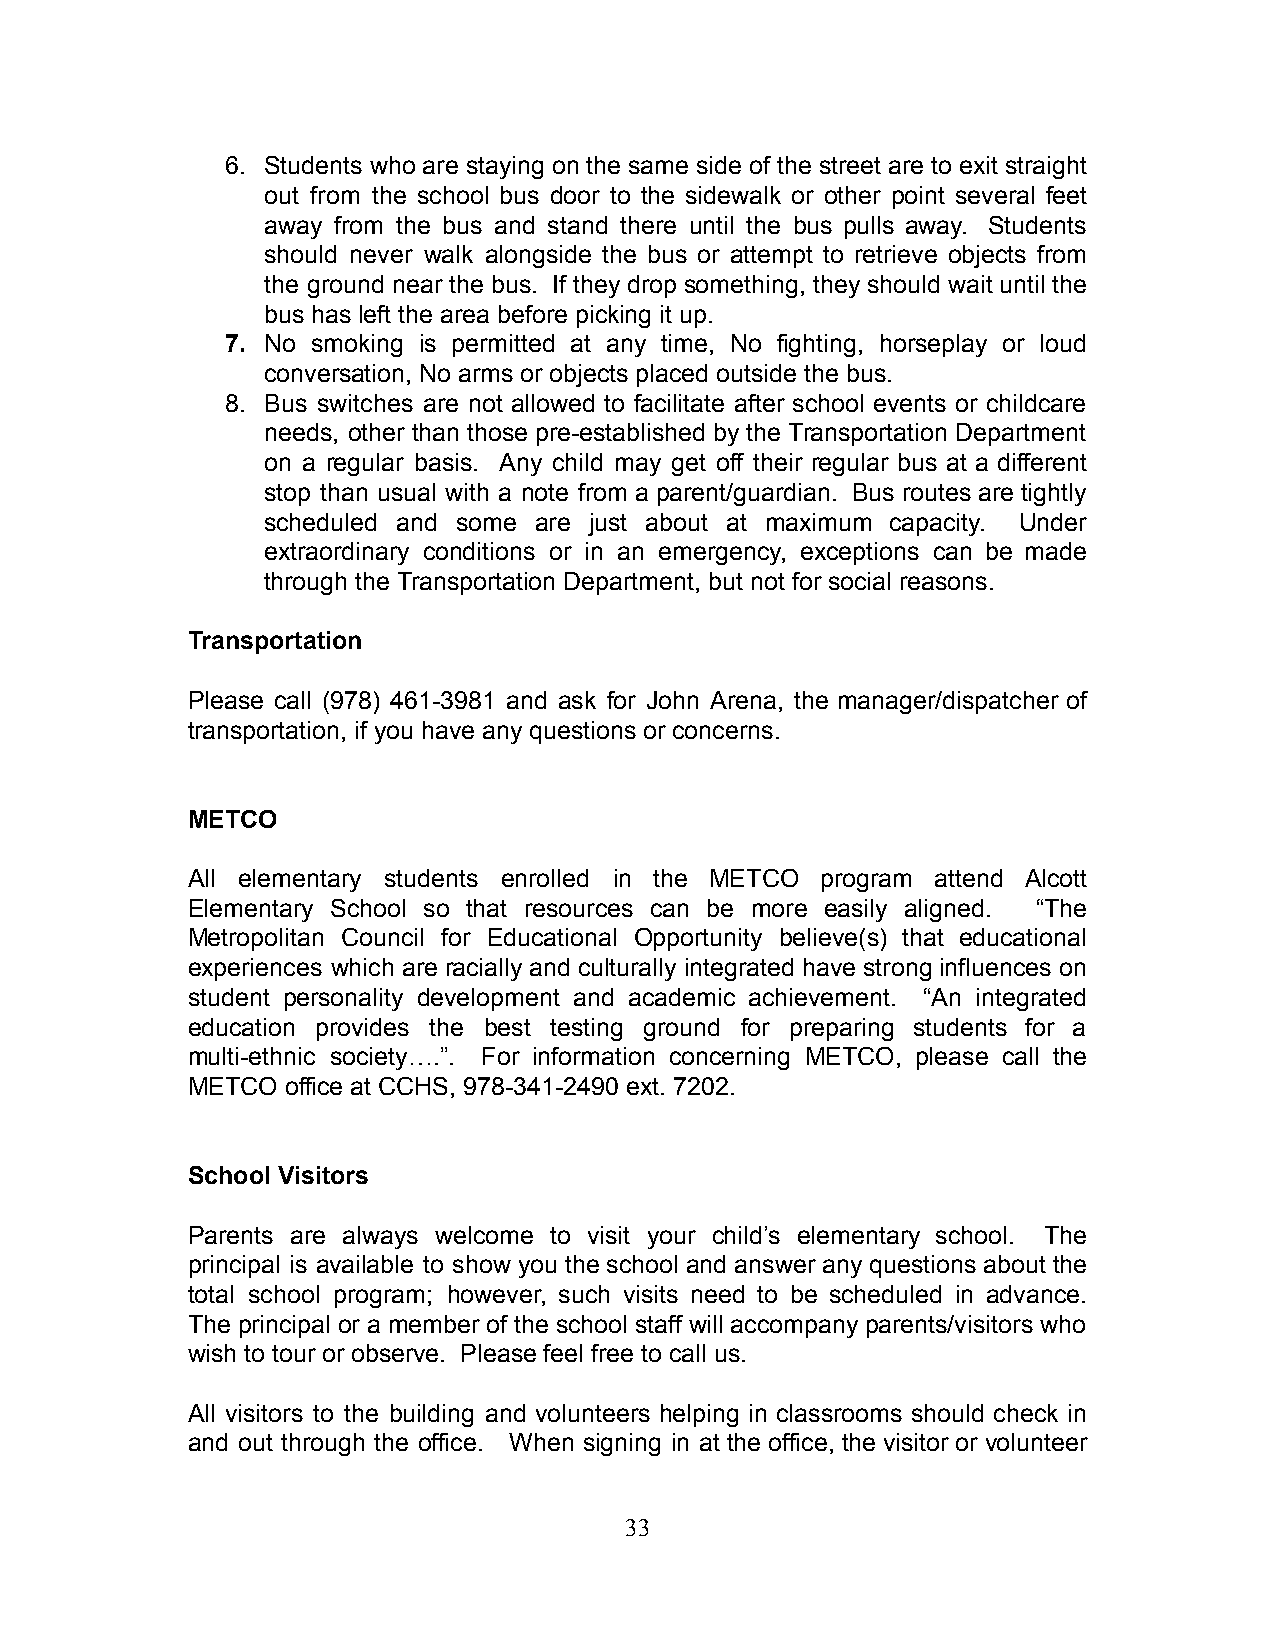
6. Students who are staying on the same side of the street are to exit straight
 out from the school bus door to the sidewalk or other point several feet
 away from the bus and stand there until the bus pulls away. Students
 should never walk alongside the bus or attempt to retrieve objects from
 the ground near the bus. If they drop something, they should wait until the
 bus has left the area before picking it up.
 7. No smoking is permitted at any time, No fighting, horseplay or loud
 conversation, No arms or objects placed outside the bus.
 8. Bus switches are not allowed to facilitate after school events or childcare
 needs, other than those pre-established by the Transportation Department
 on a regular basis. Any child may get off their regular bus at a different
 stop than usual with a note from a parent/guardian. Bus routes are tightly
 scheduled and some are just about at maximum capacity. Under
 extraordinary conditions or in an emergency, exceptions can be made
 through the Transportation Department, but not for social reasons.
 Transportation
 Please call (978) 461-3981 and ask for John Arena, the manager/dispatcher of
 transportation, if you have any questions or concerns.
 METCO
 All elementary students enrolled in the METCO program attend Alcott
 Elementary School so that resources can be more easily aligned. “The
 Metropolitan Council for Educational Opportunity believe(s) that educational
 experiences which are racially and culturally integrated have strong influences on
 student personality development and academic achievement. “An integrated
 education provides the best testing ground for preparing students for a
 multi-ethnic society….”. For information concerning METCO, please call the
 METCO  office at CCHS, 978-341-2490 ext. 7202.
 School Visitors
 Parents are always welcome to visit your child’s elementary school. The
 principal is available to show you the school and answer any questions about the
 total school program; however, such visits need to be scheduled in advance.
 The principal or a member of the school staff will accompany parents/visitors who
 wish to tour or observe. Please feel free to call us.
 All visitors to the building and volunteers helping in classrooms should check in
 and out through the office. When signing in at the office, the visitor or volunteer
 33